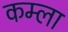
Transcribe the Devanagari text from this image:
कम्ला